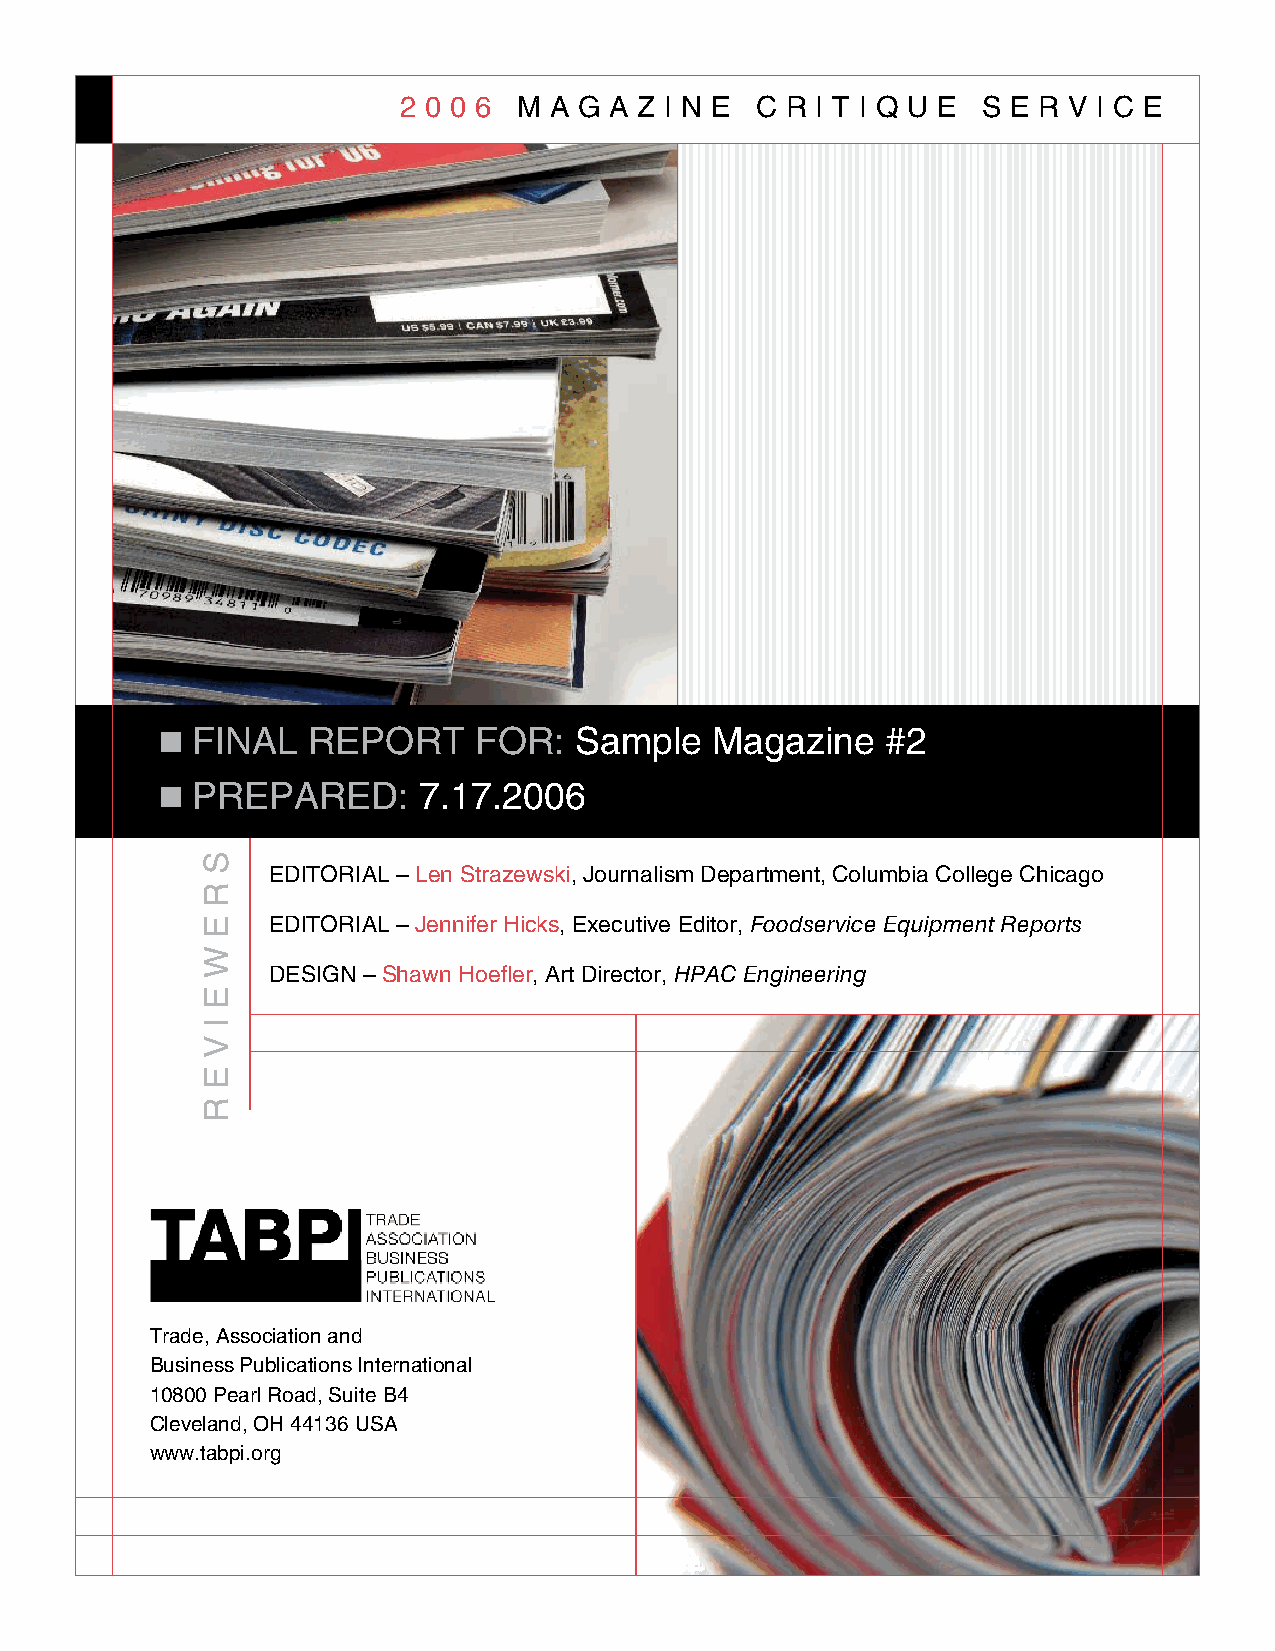
2 0 0 6 M A g A z I n e C R I T I q U e S e R v I C e
 n FInAl  RePORT     FOR:   Sample   Magazine    #2
 n PRePARed:      7.17.2006
 edITORIAl – len Strazewski, Journalism department, Columbia College Chicago
 edITORIAl – Jennifer Hicks, executive editor, Foodservice Equipment Reports
 deSIgn – Shawn Hoefler, Art director, HPAC Engineering
 Trade, Association and
 Business Publications International
 10800 Pearl Road, Suite B4
 Cleveland, OH 44136 USA
 www.tabpi.org
 S
 R
 e
 w
 e
 I
 v
 e
 R